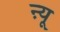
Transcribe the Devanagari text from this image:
ऩ्यू